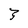
Character: 3